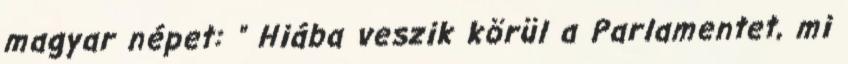
magyar népet: " Hiába veszik körül a Parlamentet, mi